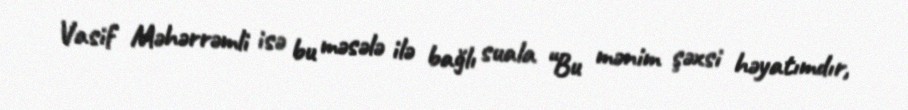
Vasif Məhərrəmli isə bu məsələ ilə bağlı suala “Bu mənim şəxsi həyatımdır,